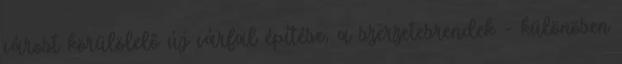
várost körülölelő új várfal építése, a szerzetesrendek - különösen